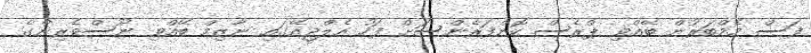
ފަސް މެމްބަރުން ބޭއްވި ޕްރެސް ކޮންފަރެންސަށް ފަހު އެލްޖީއޭގައި ނާޒިމް ބޭއްވި ނޫސްވެރިންގެ